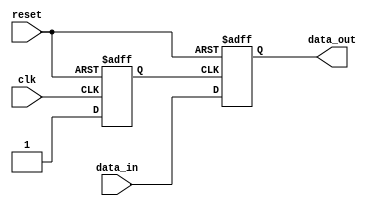
module io_buffer (
    input clk,
    input reset,
    input data_in,
    output reg data_out
);

// Clock gating for power optimization
reg gate_clk;
always @ (posedge clk or posedge reset) begin
    if (reset) begin
        gate_clk <= 1'b0;
    end else begin
        gate_clk <= 1'b1;
    end
end

// Flip-flops and logic elements for data capture and propagation
always @ (posedge gate_clk or posedge reset) begin
    if (reset) begin
        data_out <= 1'b0;
    end else begin
        data_out <= data_in;
    end
end

endmodule